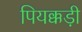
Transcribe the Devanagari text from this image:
पियक्कड़ी